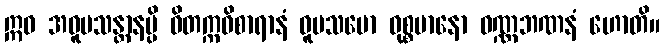
ဣဓ အဝူပသန္တာနမ္ပိ ဝိတက္ကဝိစာရာနံ ဝူပသမော ဝုစ္စမာနော ဝဏ္ဏဘဏနံ ဟောတိ။